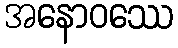
အနောဝဿေ